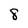
Character: 8